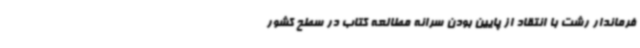
فرماندار رشت با انتقاد از پایین بودن سرانه مطالعه کتاب در سطح کشور